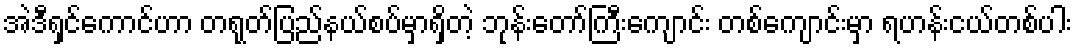
အဲဒီရှင်ကောင်ဟာ တရုတ်ပြည်နယ်စပ်မှာရှိတဲ့ ဘုန်းတော်ကြီးကျောင်း တစ်ကျောင်းမှာ ရဟန်းငယ်တစ်ပါး